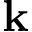
{ \bf k }